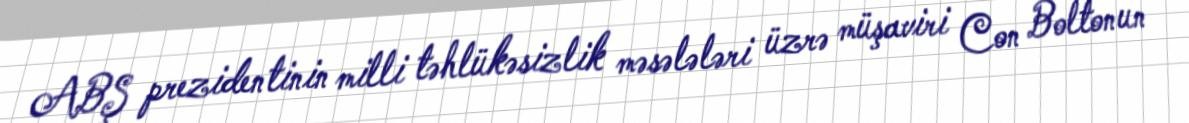
ABŞ prezidentinin milli təhlükəsizlik məsələləri üzrə müşaviri Con Boltonun